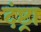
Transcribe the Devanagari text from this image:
दंष्ट्रा